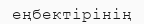
еңбектірінің